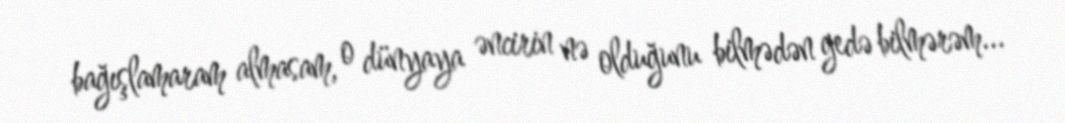
bağışlamaram almasam, o dünyaya əncirin nə olduğunu bilmədən gedə bilmərəm...